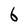
Character: 6